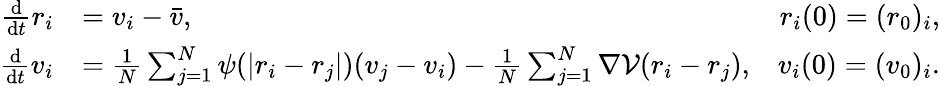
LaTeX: \begin{array}{rlr}{\frac{\mathrm d}{\mathrm dt}r_{i}}&{=v_{i}-\bar{v},}&{r_{i}(0)=(r_{0})_{i},}\\ {\frac{\mathrm d}{\mathrm dt}v_{i}}&{=\frac{1}{N}\sum_{j=1}^{N}\psi(|r_{i}-r_{j}|)(v_{j}-v_{i})-\frac{1}{N}\sum_{j=1}^{N}\nabla\mathcal V(r_{i}-r_{j}),}&{v_{i}(0)=(v_{0})_{i}.}\end{array}